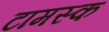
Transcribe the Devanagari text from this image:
टामस्क